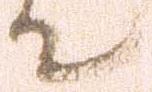
て